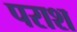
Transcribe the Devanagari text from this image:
पराश